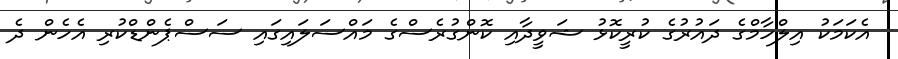
އެކަމަކު އިލްހާމްގެ ދައުރުގެ ކުރީކޮޅު ޝަވީދާއި ކޮންގުރެސްގެ މައްސަލައިގައި ސަސްޕެންޑްކުރި އެހެން ދެ